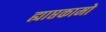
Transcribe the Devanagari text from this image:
ह्याप्तकामो